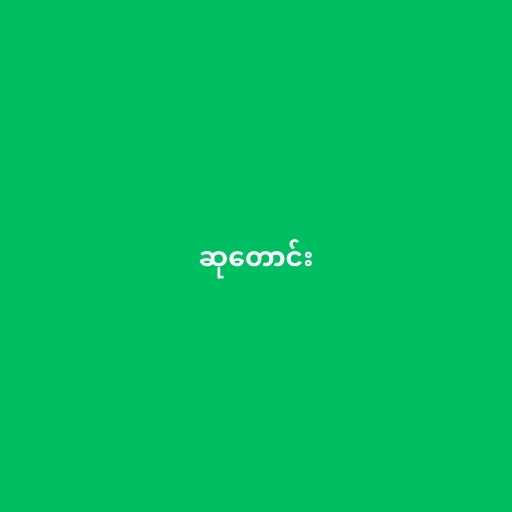
ဆုတောင်း